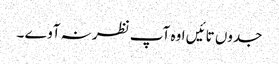
جدوں تائیں اوہ آپ نظر نہ آوے ۔